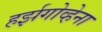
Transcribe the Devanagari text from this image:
हर्झगोव्हेना